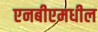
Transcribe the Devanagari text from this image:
एनबीएमधील